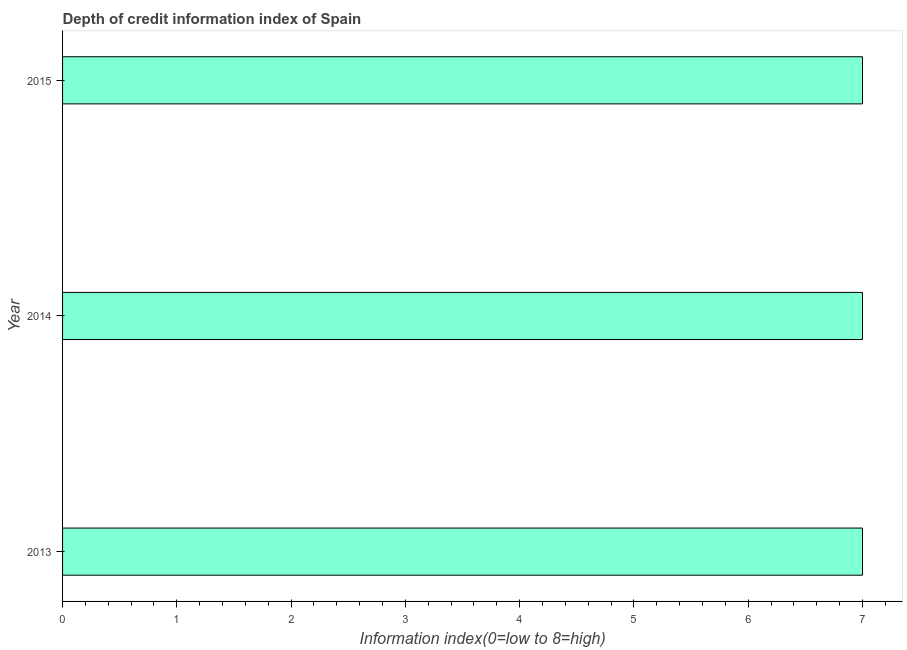
| Year | Depth of credit information index |
 | --- | --- |
 | 2013 | 7 |
 | 2014 | 7 |
 | 2015 | 7 |